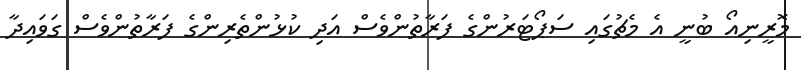
މޮރީނިއޯ ބުނީ އެ މެޗުގައި ސަޕޯޓަރުންގެ ފަރާތުންވެސް އަދި ކުޅުންތެރިންގެ ފަރާތުންވެސް ގަވައިދާ